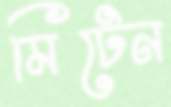
মিটেন